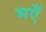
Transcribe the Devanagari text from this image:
भएँ